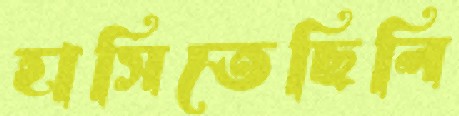
হাসিতেছিলি